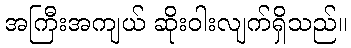
အကြီးအကျယ် ဆိုးဝါးလျက်ရှိသည်။